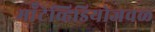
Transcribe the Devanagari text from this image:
मॉँटेव्हिडियोजवळ